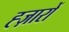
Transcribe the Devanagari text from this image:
ह्ज़ारों